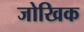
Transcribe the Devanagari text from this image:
जोखिक